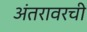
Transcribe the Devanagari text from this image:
अंतरावरची